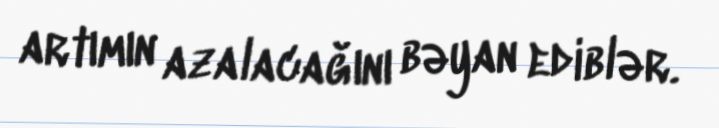
artımın azalacağını bəyan ediblər.